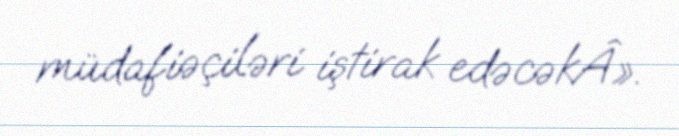
müdafiəçiləri iştirak edəcəkÂ».